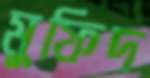
মুফিদ